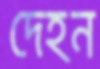
দেহন